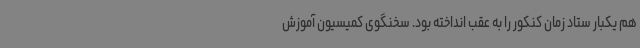
هم یکبار ستاد زمان کنکور را به عقب انداخته بود. سخنگوی کمیسیون آموزش